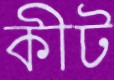
কীট